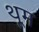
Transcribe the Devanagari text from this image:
थूम